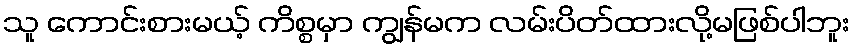
သူ ကောင်းစားမယ့် ကိစ္စမှာ ကျွန်မက လမ်းပိတ်ထားလို့မဖြစ်ပါဘူး